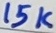
Text: 15V